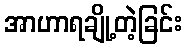
အာဟာရချို့တဲ့ခြင်း